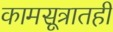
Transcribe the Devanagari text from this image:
कामसूत्रातही